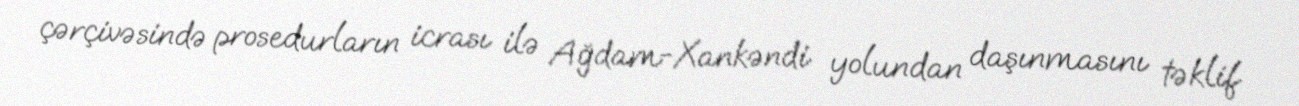
çərçivəsində prosedurların icrası ilə Ağdam-Xankəndi yolundan daşınmasını təklif